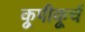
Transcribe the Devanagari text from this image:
कूपीकूर्च